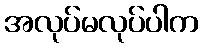
အလုပ်မလုပ်ပါက